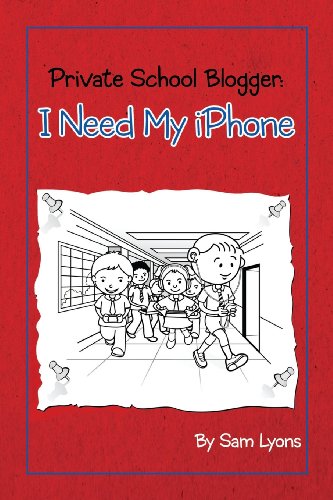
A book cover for Private School Blogger: I need my iPhone; Sam Lyons; Children's Books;